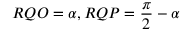
R Q O = \alpha , R Q P = { \frac { \pi } { 2 } } - \alpha